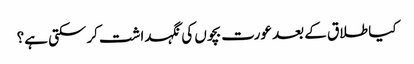
کیا طلاق کے بعد عورت بچوں‌ کی نگہداشت کرسکتی ہے؟